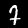
Label: 7